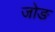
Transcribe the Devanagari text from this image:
जोङ